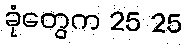
ခုံတွေက 25 25